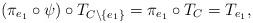
LaTeX: \begin{align*}\left(\pi_{e_{1}}\circ\psi\right)\circ T_{C\setminus\left\{ e_{1}\right\} }=\pi_{e_{1}}\circ T_{C}=T_{e_{1}},\end{align*}